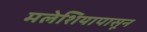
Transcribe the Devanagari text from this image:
मलेशियापासून